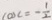
\cos C = - \frac { 1 } { 2 }